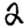
Digit: 2